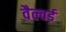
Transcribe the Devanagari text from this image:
वैल्वर्ड